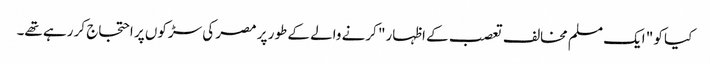
کیا کو " ایک مسلم مخالف تعصب کے اظہار" کرنے والے کے طور پر مصر کی سڑکوں پر احتجاج کر رہے تھے۔